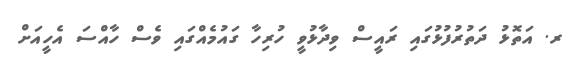
ރ. އަތޮޅު ދަތުރުފުޅުގައި ރައީސް ވިދާޅުވީ ހުރިހާ ގައުމެއްގައި ވެސް ހާއްސަ އެހީއަށް